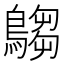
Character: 𪄞